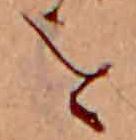
を